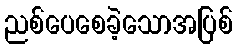
ညစ်ပေစေခဲ့သောအပြစ်